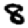
Digit: 8